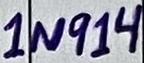
Text: 1N914